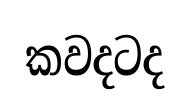
කවදටද